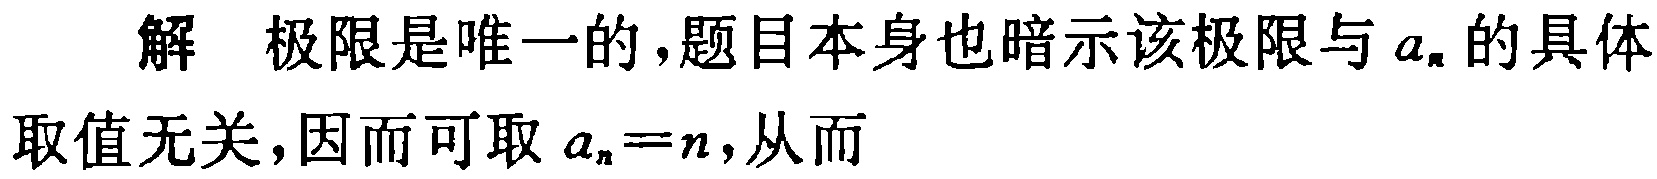
解 极限是唯一的,题目本身也暗示该极限与 \(a_{n}\) 的具体取值无关,因而可取 \(a_{n}=n\),从而